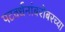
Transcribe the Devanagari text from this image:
पटवर्धनांबरोबरच्या